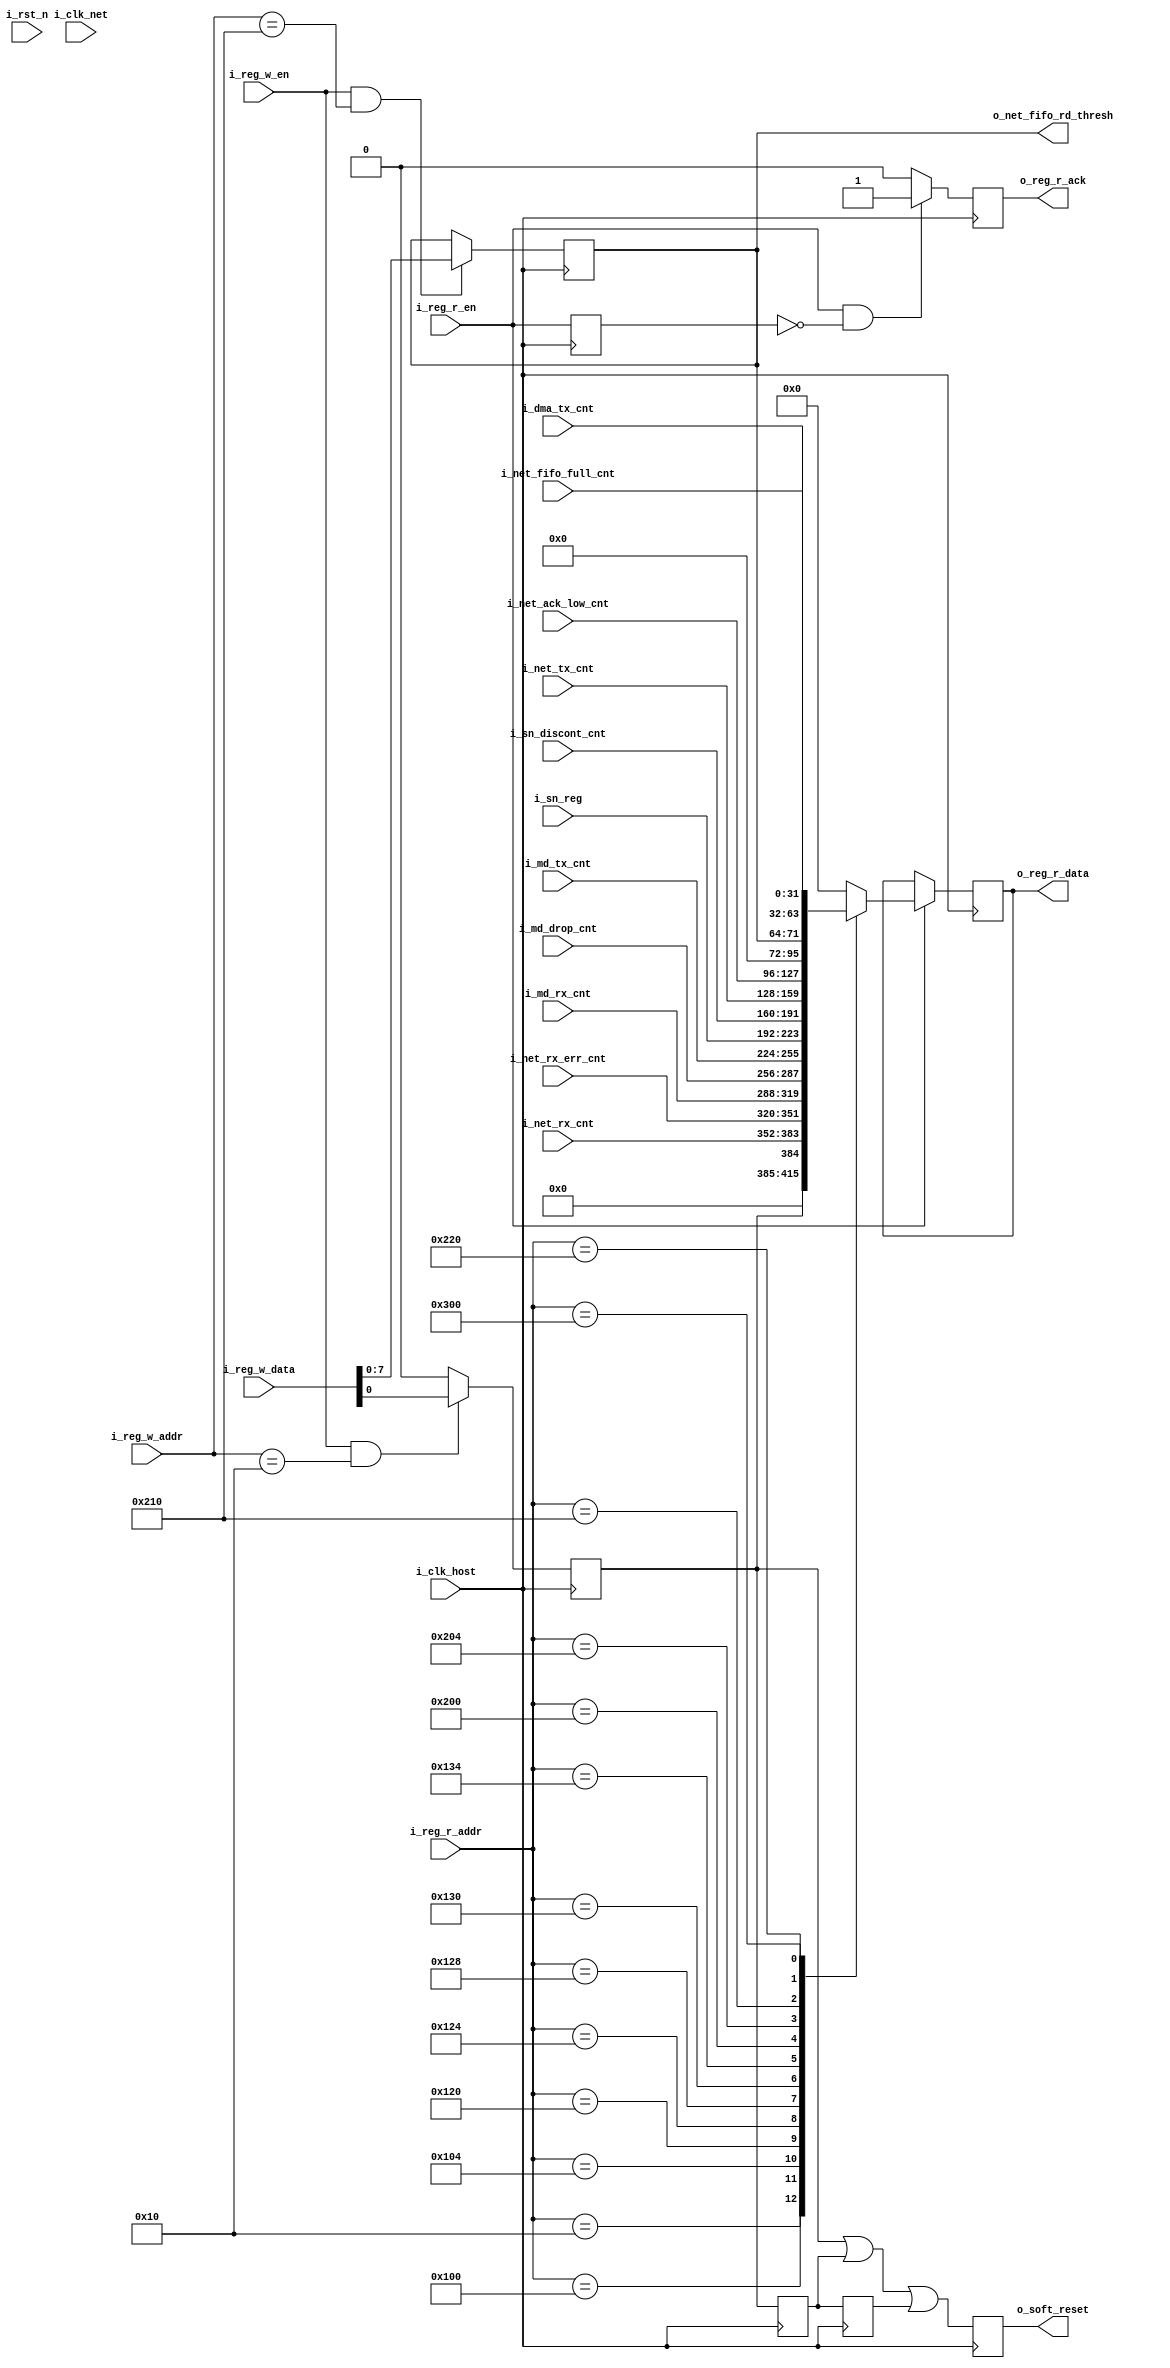
// --------------------------------------------------------------------------------
// (c) Copyright 2017-2020 Meridian Technologies. All rights reserved.
//
// Tool Version: Vivado 2018.3
// Design      : cffex_reg.v
// Called by   : cffex_opt.v
// Description : filter to net output module
// Verson      : 1.0
// --------------------------------------------------------------------------------
// Verson Description
// 1.00   2020-07-22       The initial verson
// --------------------------------------------------------------------------------
module cffex_reg #(
    parameter              VERSION_DATE         = 32'h0 ,
    parameter              VERSION_NUM          = 32'h0
    )
    (
    input  wire            i_clk_net                    ,
    input  wire            i_clk_host                   ,
    input  wire            i_rst_n                      ,
    //register interface
    input  wire            i_reg_w_en                   ,
    input  wire [10:0]     i_reg_w_addr                 ,
    input  wire [31:0]     i_reg_w_data                 ,
    input  wire [10:0]     i_reg_r_addr                 ,
    input  wire            i_reg_r_en                   ,
    output reg  [31:0]     o_reg_r_data                 ,
    output reg             o_reg_r_ack          = 1'b0  ,
    //reg
    output reg             o_soft_reset         = 1'b0  ,
    output reg  [7:0]      o_net_fifo_rd_thresh = 'd4   ,//FIFO
    input  wire [31:0]     i_net_rx_cnt                 ,//
    input  wire [31:0]     i_net_rx_err_cnt             ,//
    input  wire [31:0]     i_md_rx_cnt                  ,//
    input  wire [31:0]     i_md_drop_cnt                ,//
    input  wire [31:0]     i_md_tx_cnt                  ,//
    input  wire [31:0]     i_sn_reg                     ,//SN
    input  wire [31:0]     i_sn_discont_cnt             ,//SN
    input  wire [31:0]     i_net_fifo_full_cnt          ,//FIFO
    input  wire [31:0]     i_net_tx_cnt                 ,//
    input  wire [31:0]     i_net_ack_low_cnt            ,//
    input  wire [31:0]     i_dma_tx_cnt					 //DMA
    );

//signal declare
reg         s_reg_r_en_1dly = 1'b0;
reg         s_reg_ack = 1'b0;
reg         s_reset_cmd = 1'b0;
reg         s_reset_cmd_d1 = 1'b0;
reg         s_reset_cmd_d2 = 1'b0;

//reg read ack
always @(posedge i_clk_host)
begin
    s_reg_r_en_1dly <= i_reg_r_en;
end

always @(posedge i_clk_host)
begin
    if ((i_reg_r_en == 1'b1) && (s_reg_r_en_1dly == 1'b0))
        o_reg_r_ack <= 1'b1;
    else
        o_reg_r_ack <= 1'b0;
end

//reg read
always @(posedge i_clk_host)
begin
    if (i_reg_r_en == 1'b1)
        case(i_reg_r_addr)
            //system
            11'h0  : o_reg_r_data <= VERSION_DATE;
            11'h4  : o_reg_r_data <= VERSION_NUM;
            11'h10 : o_reg_r_data <= {31'h0, s_reset_cmd};
            //md filter
            11'h100: o_reg_r_data <= i_net_rx_cnt[31:0];
            11'h104: o_reg_r_data <= i_net_rx_err_cnt[31:0];
            11'h120: o_reg_r_data <= i_md_rx_cnt[31:0];
            11'h124: o_reg_r_data <= i_md_drop_cnt[31:0];
            11'h128: o_reg_r_data <= i_md_tx_cnt[31:0];
            11'h130: o_reg_r_data <= i_sn_reg[31:0];
            11'h134: o_reg_r_data <= i_sn_discont_cnt[31:0];
            //net tx
            11'h200: o_reg_r_data <= i_net_tx_cnt[31:0];
            11'h204: o_reg_r_data <= i_net_ack_low_cnt[31:0];
            11'h210: o_reg_r_data <= {24'h0, o_net_fifo_rd_thresh[7:0]};
            11'h220: o_reg_r_data <= i_net_fifo_full_cnt[31:0];
            //dma tx
            11'h300: o_reg_r_data <= i_dma_tx_cnt[31:0];
            default: o_reg_r_data <= 32'h0;
        endcase
    else ;
end

//reg write
//reset reg
always @(posedge i_clk_host)
begin
    if((i_reg_w_en == 1'b1) && (i_reg_w_addr == 32'h10))
        s_reset_cmd <= i_reg_w_data[0];
    else
        s_reset_cmd <= 1'b0;
end

always @(posedge i_clk_host)
begin
    s_reset_cmd_d1 <= s_reset_cmd;
    s_reset_cmd_d2 <= s_reset_cmd_d1;
end

always @(posedge i_clk_host)
begin
    o_soft_reset <= s_reset_cmd | s_reset_cmd_d1 | s_reset_cmd_d2;
end

//net fifo read threshold
always @(posedge i_clk_host)
begin
    if((i_reg_w_en == 1'b1) && (i_reg_w_addr == 32'h210))
        o_net_fifo_rd_thresh <= i_reg_w_data[7:0];
    else;
end



endmodule